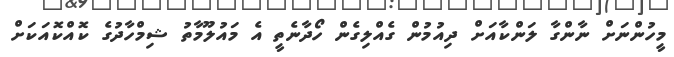
މީހުންނަށް ނާންގާ ލަންކާއަށް ދިއުމުން ގެއްލިގެން ހޯދާނެތީ އެ މައުލޫމާތު ޝިމްހާދުގެ ކޮއްކޮއަކަށް